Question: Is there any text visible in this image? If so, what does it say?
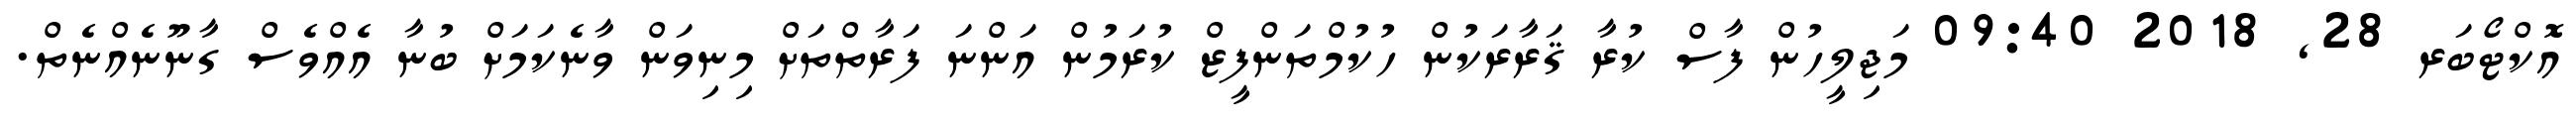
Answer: އޮކްޓޯބަރ 28, 2018 09:40 މަޖިލީހުން ފާސް ކުރާ ޤަރާރަކުން ހުކުމްތަންފީޒް ކުރަމުން އަންނަ ފަރާތްތަށް މިނިވަން ވާނެކަމަށް ބުނާ އެއްވެސް ގާނޫނެއްނެތް.